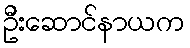
ဦးဆောင်နာယက